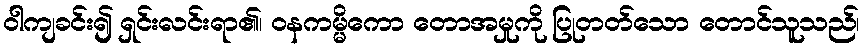
ဝါကျခင်း၍ ရှင်းလင်းရာ၏၊ ဝနကမ္မိကော တောအမှုကို ပြုတတ်သော တောင်သူသည်၊